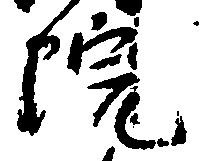
院